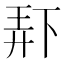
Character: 𫠯